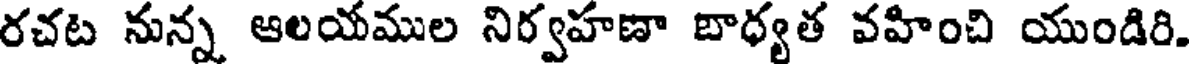
రచట నున్న ఆలయముల నిర్వహణా బాధ్యత వహించి యుండిరి.